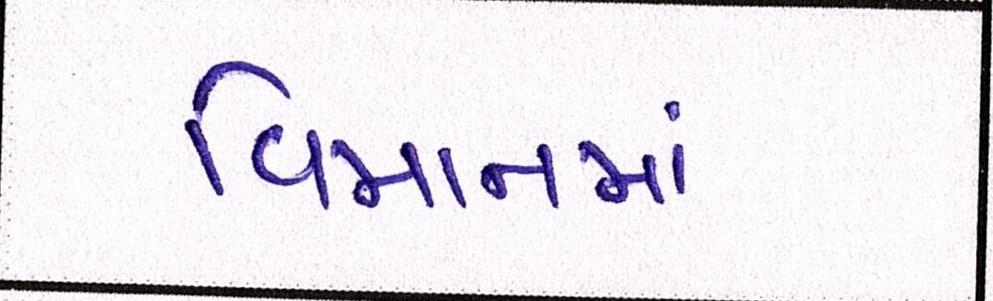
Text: વિમાનમાં